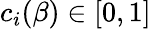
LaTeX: c_{i}(\beta)\in[0,1]